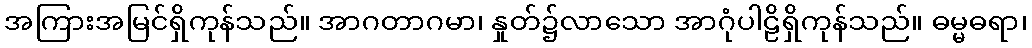
အကြားအမြင်ရှိကုန်သည်။ အာဂတာဂမာ၊ နှုတ်၌လာသော အာဂုံပါဠိရှိကုန်သည်။ ဓမ္မဓရာ၊